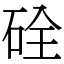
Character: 硂